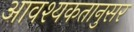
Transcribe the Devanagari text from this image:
आवश्यकतानुसर